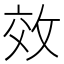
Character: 效